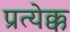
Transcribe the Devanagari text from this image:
प्रत्येक्क